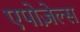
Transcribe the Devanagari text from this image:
एपोज़ेल्स